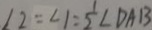
\angle 2 = \angle 1 = \frac { 1 } { 2 } \angle D A B